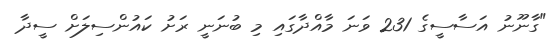
"ގާނޫނު އަސާސީގެ 231 ވަނަ މާއްދާގައި މި ބުނަނީ ރަށު ކައުންސިލަށް ސީދާ